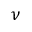
\nu